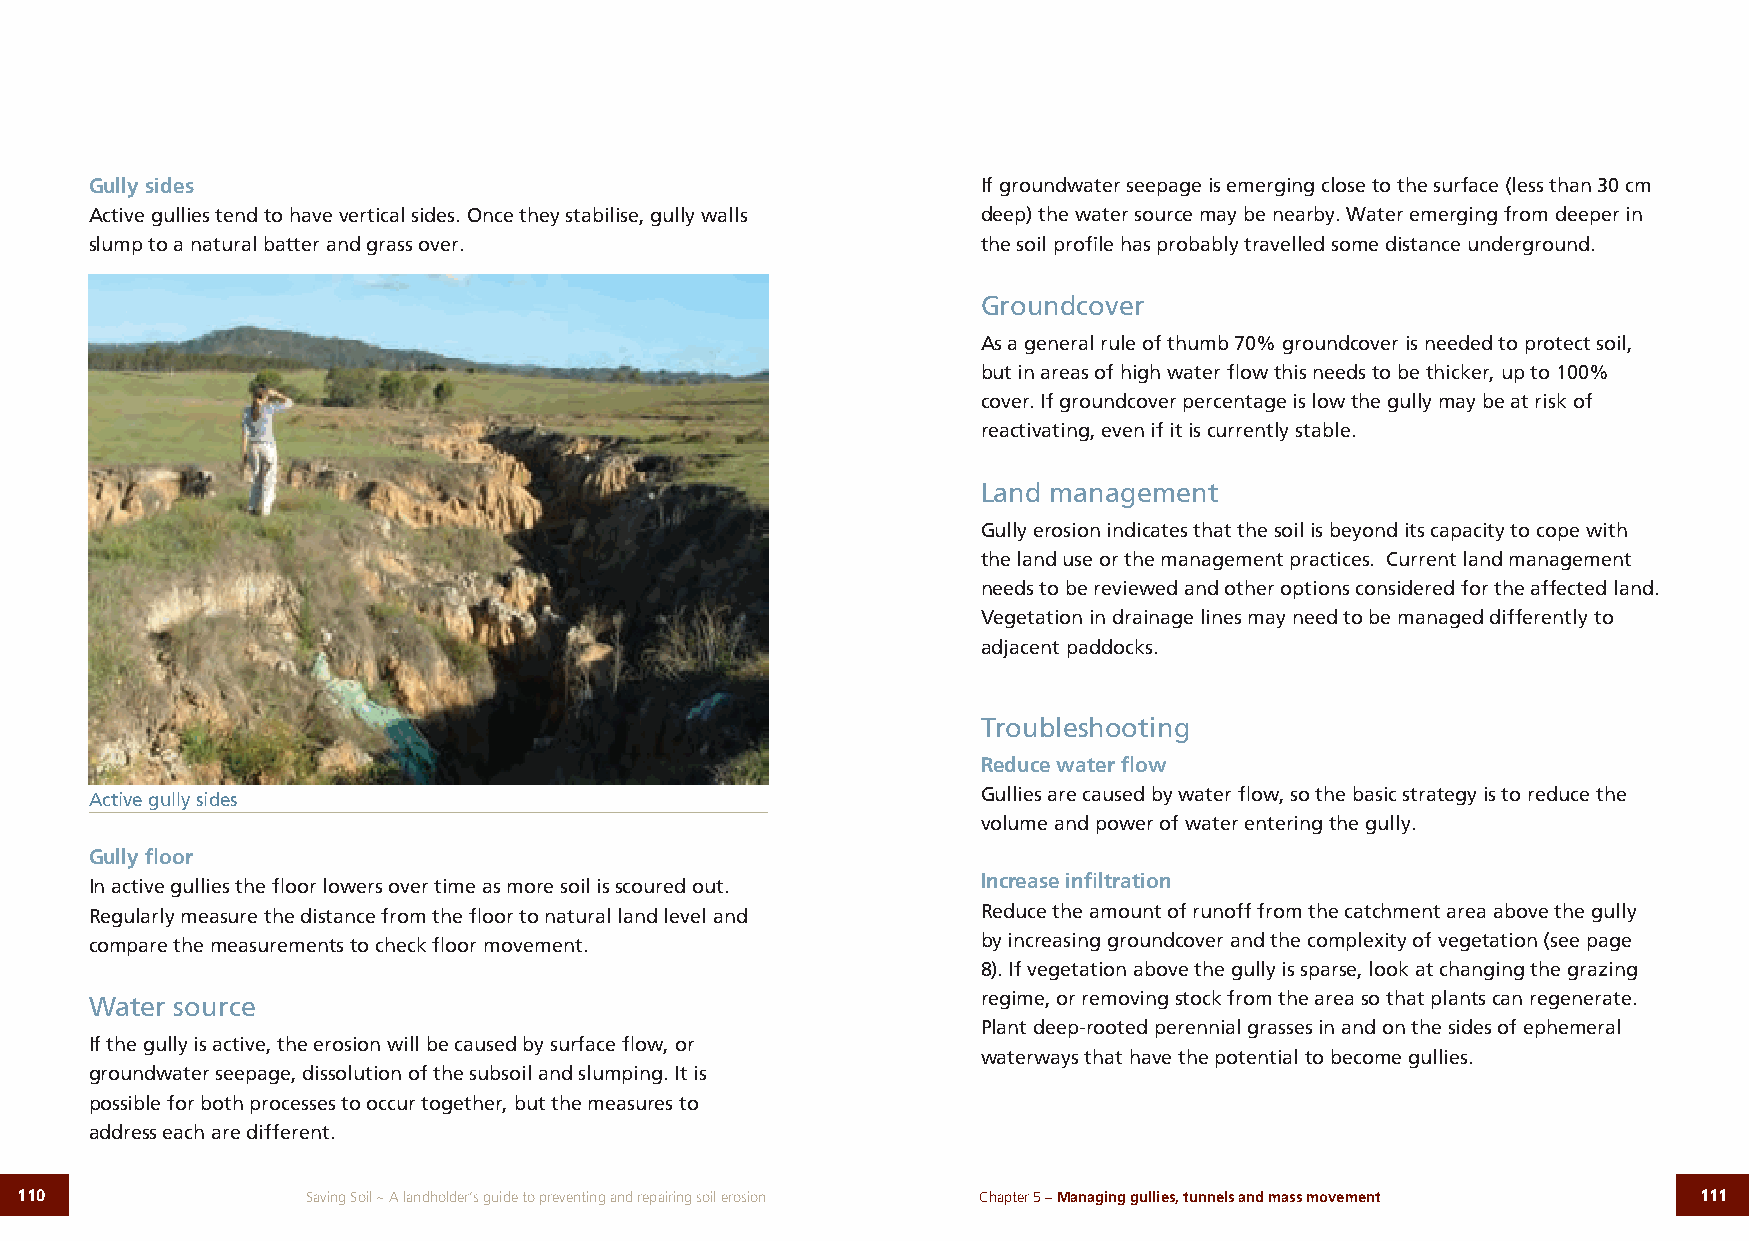
Gully sides                                                If groundwater seepage is emerging close to the surface (less than 30 cm
 Active gullies tend to have vertical sides. Once they stabilise, gully walls deep) the water source may be nearby. Water emerging from deeper in
 slump to a natural batter and grass over.                  the soil profile has probably travelled some distance underground.
 Groundcover
 As a general rule of thumb 70% groundcover is needed to protect soil,
 but in areas of high water flow this needs to be thicker, up to 100%
 cover. If groundcover percentage is low the gully may be at risk of
 reactivating, even if it is currently stable.
 Land management
 Gully erosion indicates that the soil is beyond its capacity to cope with
 the land use or the management practices. Current land management
 needs to be reviewed and other options considered for the affected land.
 Vegetation in drainage lines may need to be managed differently to
 adjacent paddocks.
 Troubleshooting
 Reduce water flow
 Active gully sides                                         Gullies are caused by water flow, so the basic strategy is to reduce the
 volume and power of water entering the gully.
 Gully floor
 In active gullies the floor lowers over time as more soil is scoured out. Increase infiltration
 Regularly measure the distance from the floor to natural land level and Reduce the amount of runoff from the catchment area above the gully
 compare the measurements to check floor movement.          by increasing groundcover and the complexity of vegetation (see page
 8). If vegetation above the gully is sparse, look at changing the grazing
 Water source                                               regime, or removing stock from the area so that plants can regenerate.
 Plant deep-rooted perennial grasses in and on the sides of ephemeral
 If the gully is active, the erosion will be caused by surface flow, or
 waterways that have the potential to become gullies.
 groundwater seepage, dissolution of the subsoil and slumping. It is
 possible for both processes to occur together, but the measures to
 address each are different.
 110                Saving Soil ~ A landholder’s guide to preventing and repairing soil erosion Chapter 5 – Managing gullies, tunnels and mass movement 111